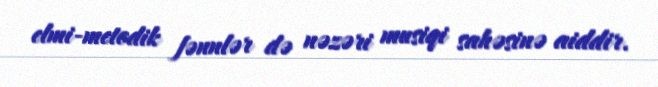
elmi-metodik fənnlər də nəzəri musiqi sahəsinə aiddir.